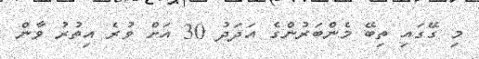
މި ގޭގައި ތިބޭ މެންބަރުންގެ އަދަދު 30 އަށް ވުރެ އިތުރު ވާން